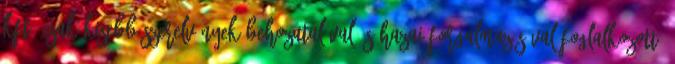
Kft. csak kisebb szerelvények behozatalával és hazai forgalmazásával foglalkozott.